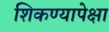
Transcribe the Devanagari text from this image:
शिकण्यापेक्षा